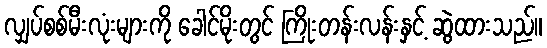
လျှပ်စစ်မီးလုံးများကို ခေါင်မိုးတွင် ကြိုးတန်းလန်းနှင့် ဆွဲထားသည်။